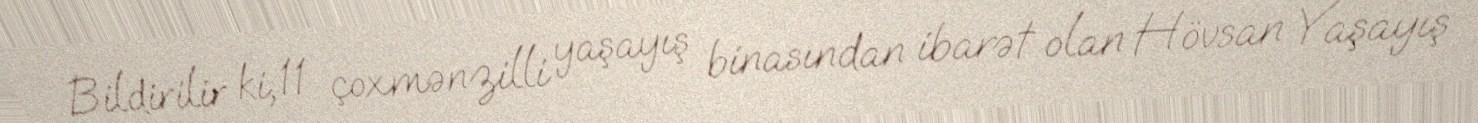
Bildirilir ki, 11 çoxmənzilli yaşayış binasından ibarət olan Hövsan Yaşayış